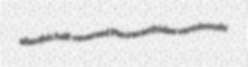
ailanthic half-reversed Pleuracanthidae verminously